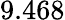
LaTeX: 9.468